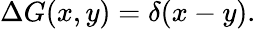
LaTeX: \Delta G(x,y)=\delta(x-y).